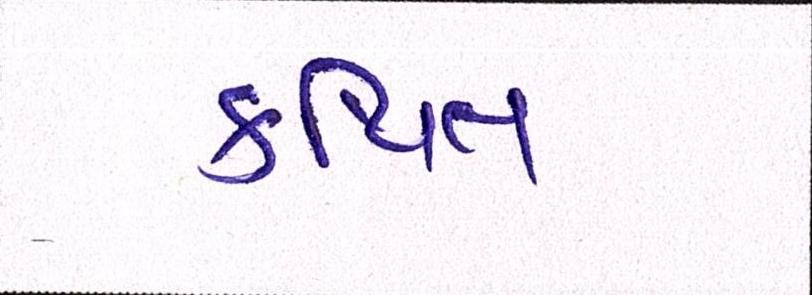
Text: કથિત